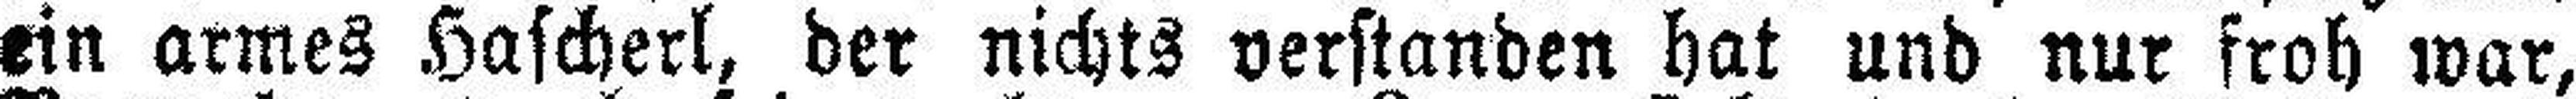
ein armes Hascherl, der nichts verstanden hat und nur froh war,